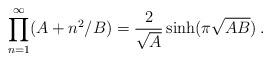
LaTeX: \begin{align*} \prod_{n=1}^\infty(A+n^2/B)= {2\over\sqrt{A}}\sinh (\pi\sqrt{AB})\,.\end{align*}